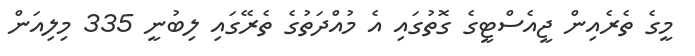
މީގެ ތެރެއިން ޖީއެސްޓީގެ ގޮތުގައި އެ މުއްދަތުގެ ތެރޭގައި ލިބުނީ 335 މިލިއަން